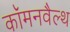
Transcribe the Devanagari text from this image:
कॉमनवैल्‍थ